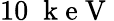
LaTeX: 10\; \mathrm{~k~e~V~}